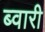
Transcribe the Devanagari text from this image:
ब्वारी